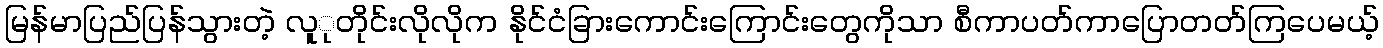
မြန်မာပြည်ပြန်သွားတဲ့ လူုတိုင်းလိုလိုက နိုင်ငံခြားကောင်းကြောင်းတွေကိုသာ စီကာပတ်ကာပြောတတ်ကြပေမယ့်